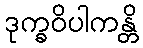
ဒုက္ခဝိပါကန္တိ